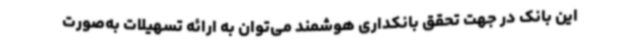
این بانک در جهت تحقق بانکداری هوشمند می‌توان به ارائه تسهیلات به‌صورت